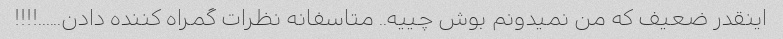
اینقدر ضعیف که من نمیدونم بوش چییه.. متاسفانه نظرات گمراه کننده دادن......!!!!